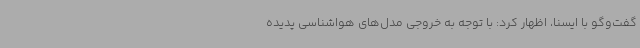
گفت‌وگو با ایسنا، اظهار کرد: با توجه به خروجی مدل‌های هواشناسی پدیده